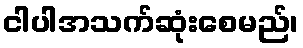
ငါပါအသက်ဆုံးစေမည်၊